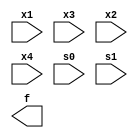
`timescale 1ns / 1ps
//////////////////////////////////////////////////////////////////////////////////
// Company: 
// Engineer: 
// 
// Design Name: 
// Module Name: mux_beh_case
// Project Name: 
// Target Devices: 
// Tool Versions: 
// Description: 
// 
// Dependencies: 
// 
// Revision:
// Revision 0.01 - File Created
// Additional Comments:
// 
//////////////////////////////////////////////////////////////////////////////////


module mux_beh_case(
    input x1,x3,
    input x2,x4,
    input s0,s1,
    output reg f
    );
   
   always @(x1,x2,x3,x4,s0,s1)
  begin
//     case(s1)
//      0:
//         case(s0)
//         0: f= x1;
//         1: f= x2;
//         endcase
//      1:
//         case(s0)
//         0: f= y1;
//         1: f= y2;
//         endcase

     
//     endcase
//        if(~s1)
//        begin
//            if(~s0)
//            begin
//            f=x1;
//            end
//            else
//            begin
//            f=x2;
//            end
//        end
//        else
//        begin
//                    if(~s0)
//                    begin
//                    f=x3;
//                    end
//                    else
//                    begin
//                    f=x4;
//                    end
//        end
   end
endmodule